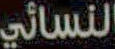
النسائي